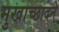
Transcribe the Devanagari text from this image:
मुखाच्छादने